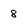
Character: 8